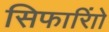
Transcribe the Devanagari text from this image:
सिफारिाों